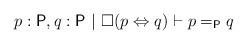
LaTeX: \begin{align*}p : \textsf{P}, q : \textsf{P}\ |\ \Box(p \Leftrightarrow q) \vdash p =_\textsf{P} q\end{align*}